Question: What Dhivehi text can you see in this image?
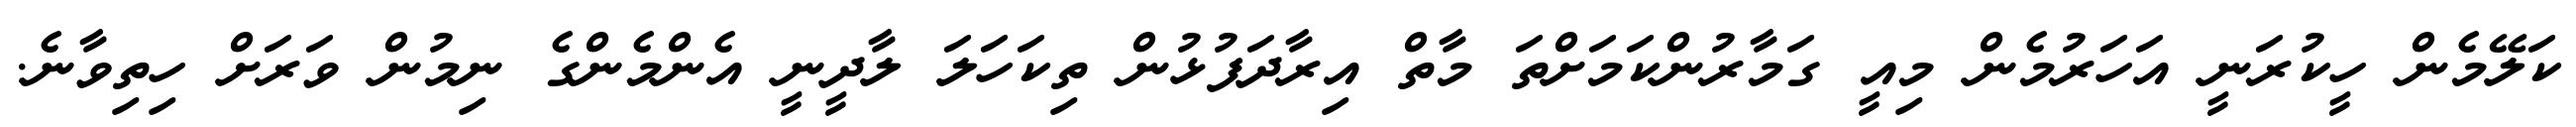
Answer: ކަލޭމެން ހީކުރަނީ އަހަރުމެން މިއީ ގަމާރުންކަމަށްތަ މާތް އިރާދަފުޅުން ތިކަހަލަ ލާދީނީ އެންމެންގެ ނިމުން ވަރަށް ހިތިވާނެ.